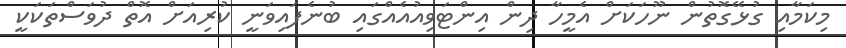
މިކަމާއި ގުޅޭގޮތުން ނޫހަކަށް އެމީހާ ދިން އިންޓަވިއުއެއްގައި ބުނެފައިވަނީ ކުރިއަށް އޮތް ދުވަސްތަކަކީ